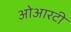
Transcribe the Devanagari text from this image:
ओआरटी